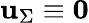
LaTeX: \mathbf u_{\Sigma}\equiv\mathbf 0